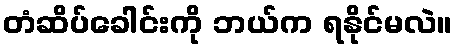
တံဆိပ်ခေါင်းကို ဘယ်က ရနိုင်မလဲ။